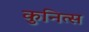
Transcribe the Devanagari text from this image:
कुनित्स